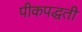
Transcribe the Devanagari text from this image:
पीकपद्धती